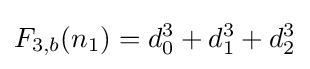
F_{3,b}(n_{1})=d_{0}^{3}+d_{1}^{3}+d_{2}^{3}